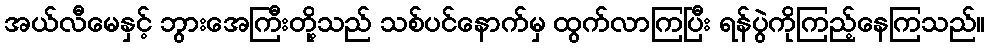
အယ်လီမေနှင့် ဘွားအေကြီးတို့သည် သစ်ပင်နောက်မှ ထွက်လာကြပြီး ရန်ပွဲကိုကြည့်နေကြသည်။